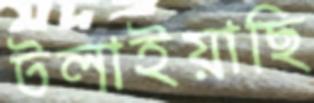
টলাইয়াছি